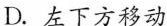
D.左下方移动